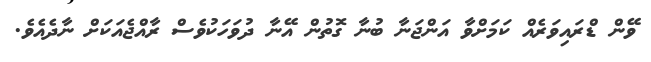
ވޭން ޑްރައިވަރެއް ކަމަށްވާ އަންޖަނާ ބުނާ ގޮތުން އޭނާ ދުވަހަކުވެސް ރާއްޖެއަކަށް ނާދެއެވެ.